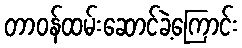
တာဝန်ထမ်းဆောင်ခဲ့ကြောင်း